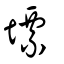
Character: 墂